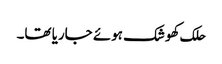
حلک کھوشک ہوئے جاریا تھا۔